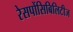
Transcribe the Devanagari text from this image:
रेसपोंसिबिलिटीज